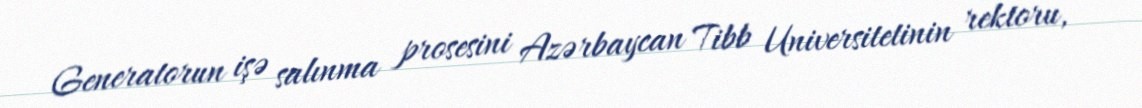
Generatorun işə salınma prosesini Azərbaycan Tibb Universitetinin rektoru,